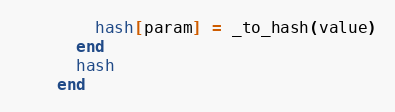
Language: Ruby
        hash[param] = _to_hash(value)
      end
      hash
    end